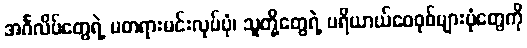
အင်္ဂလိပ်တွေရဲ့ မတရားမင်းလုပ်ပုံ၊ သူတို့တွေရဲ့ ပရိယာယ်ဝေဝုစ်များပုံတွေကို